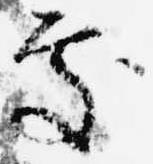
処